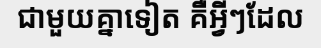
ជាមួយគ្នាទៀត គឺអ្វីៗដែល